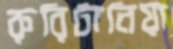
রুরিটানিয়া